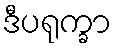
ဒီပရုက္ခာ